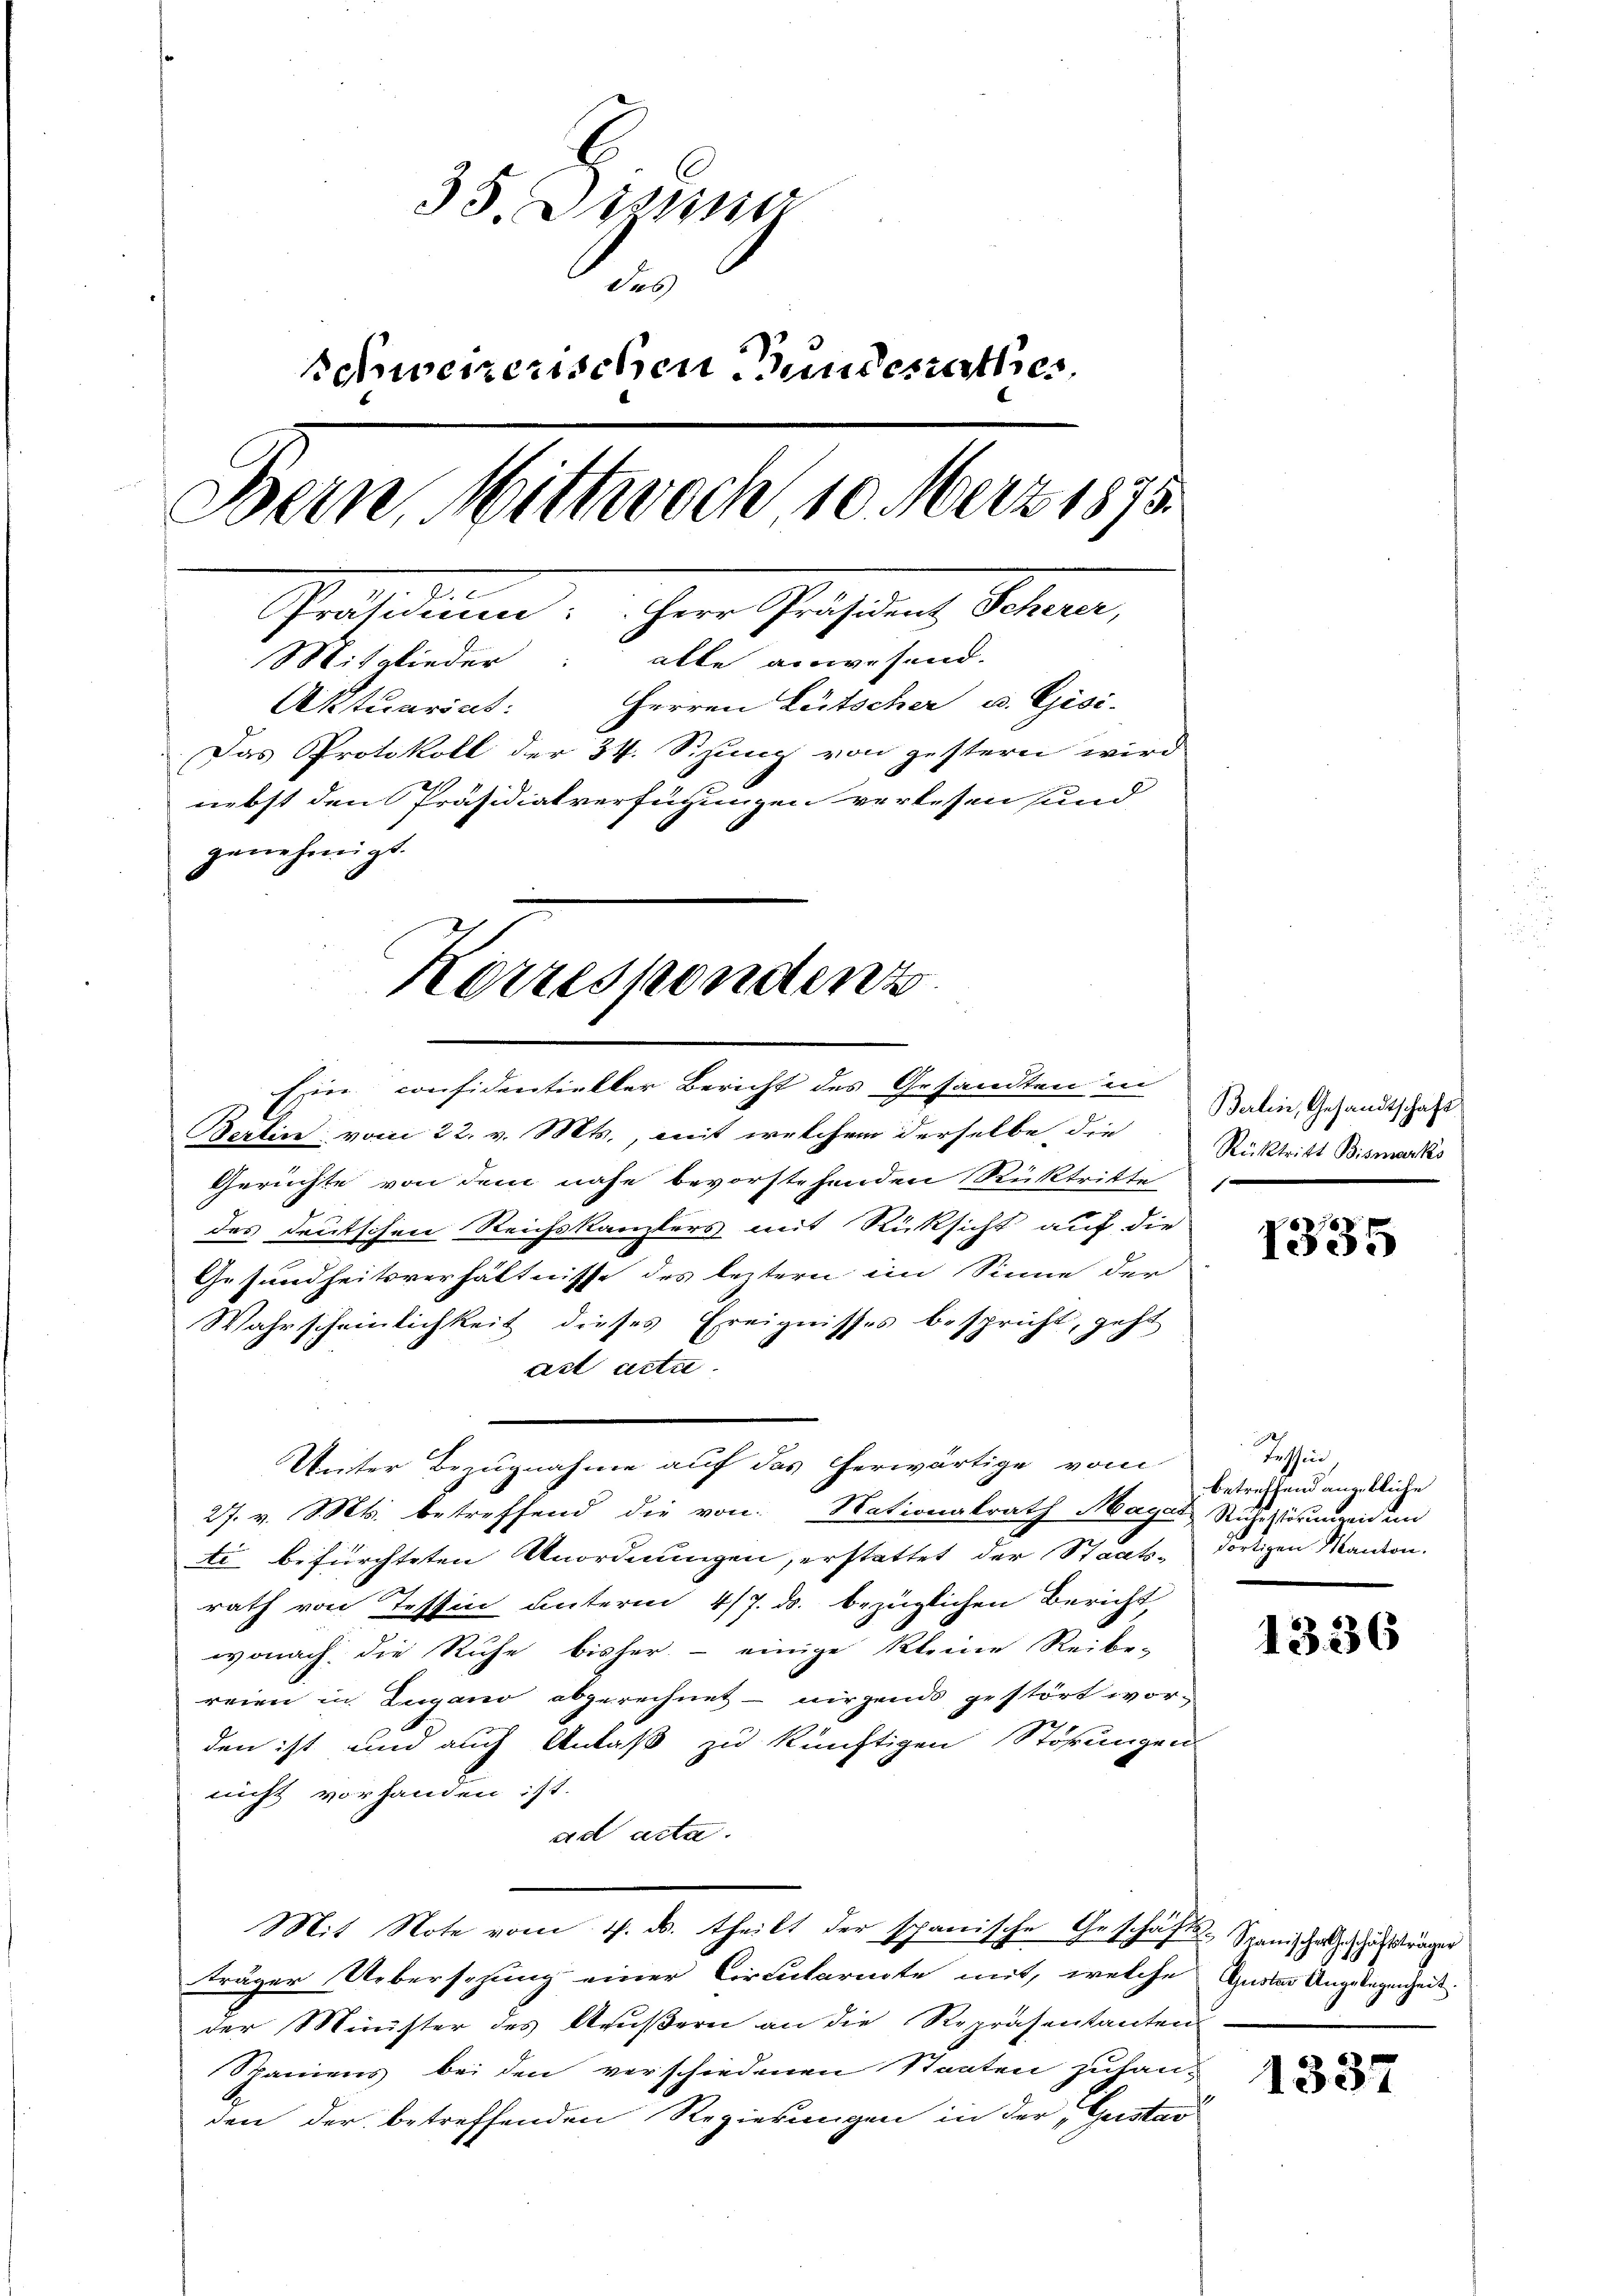
35. Disse
das
Schweizerischen Gundesrathes
Bein, Mittwoch 10. März 1875.
Preissionen u ihrer Großen, Sohnen,
Mitglieder: alle anwesend.
Herren Lütscher u. Gisi-
Aktuariat:
Das Protokoll der 34. Sizung von gestern wird
nebst den Präsidialverfügungen verlesen und
genehmigt.

Berlin vom 22. v. Mts., mit welchem derselbe die Stocktritt Bismarks
Gerichte von dem nahe bevorstehenden Rücktritte
des deutschen Reichskanzlers mit Rücksicht auf die
Gesundheitsverhältnisse des leztern im Sinne der
Wahrscheinlichkeit dieses Ereignisses bespricht, geht
act acta.
Unter Bezugnahme auf das herwärtige vom
27. v. Ms. betreffend die von Nationalrath Mager Ruhestörungenden
ti befürchteten Unordnungen, erstattet der Staats- dortigen Manton.
rath von Tessin unterm 4/7. ds. bezüglichen Bericht
wonach die Ruhe bisher - einige kleine Reibe-
reien in Lugano abgerechnet - nirgends gestört worden ist und auch Anlaß zu künftigen Störungen
nicht vorhanden ist.
ad acta.
Mit Note vom 1. ds. theilt der spanische Geschäfts-Spanischaft zuträger
träger Uebersehung einer Circularirte mit, welche Guster Angelegenheit
der Minister des Aeußern an die Repräsentanten
Spaniens bei den verschiedenen Staaten zuhan-
den der betreffenden Regierungen in der "Geistad

Korrespondent
Eiin considentieller Bericht des Gesandten in

Berlin, Gesandtschaft
|

1335

Tessin.
betreffend angebliche

1336

1337